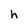
Character: h